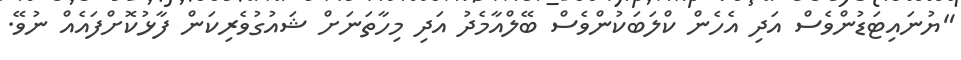
"ޔުނައިޓަޑުންވެސް އަދި އެހެން ކްލަބަކުންވެސް ބޭލްއާމެދު އަދި މިހާތަނަށް ޝައުގުވެރިކަން ފާޅުކޮށްފައެއް ނުވޭ.